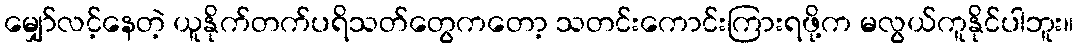
မျှော်လင့်နေတဲ့ ယူနိုက်တက်ပရိသတ်တွေကတော့ သတင်းကောင်းကြားရဖို့က မလွယ်ကူနိုင်ပါဘူး။